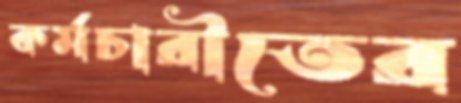
কর্মচারীতের